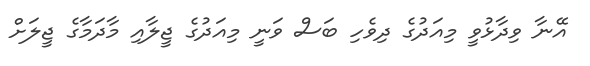
އޭނާ ވިދާޅުވީ މިއަދުގެ ދިވެހި ބަސް ވަނީ މިއަދުގެ ޖީލާއި މާދަމާގެ ޖީލަށް